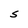
Character: s